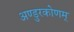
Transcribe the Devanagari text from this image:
अण्डुरकोणम्